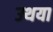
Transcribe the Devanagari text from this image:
उथया